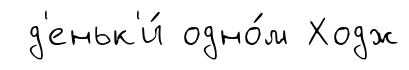
д'еньк'и́ одно́м Ходж